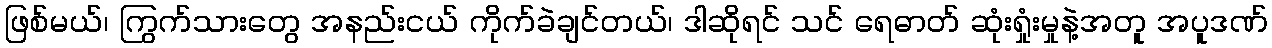
ဖြစ်မယ်၊ ကြွက်သားတွေ အနည်းငယ် ကိုက်ခဲချင်တယ်၊ ဒါဆိုရင် သင် ရေဓာတ် ဆုံးရှုံးမှုနဲ့အတူ အပူဒဏ်